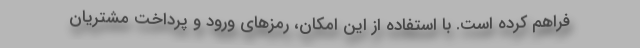
فراهم کرده است. با استفاده از این امکان، رمزهای ورود و پرداخت مشتریان